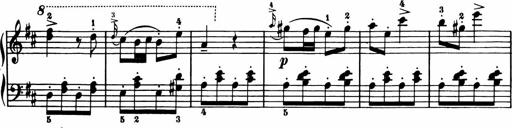
Title: 11 Sonatinas for Piano Solo
Composer: Anton Diabelli